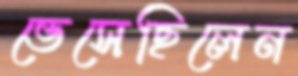
ভেসেছিলেন